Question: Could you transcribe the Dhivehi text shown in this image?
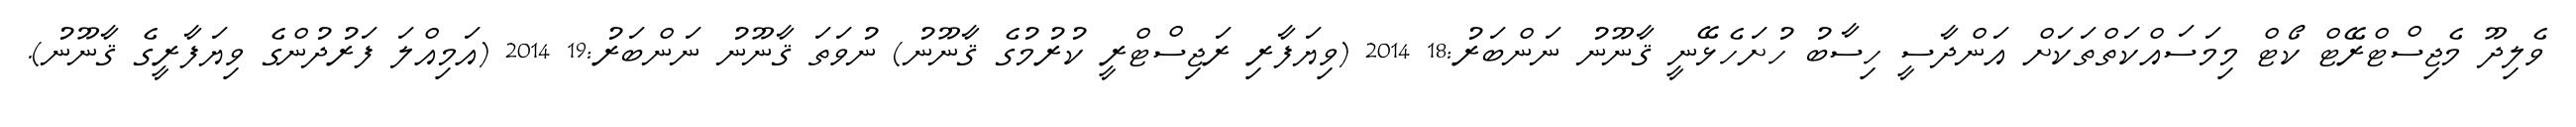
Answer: ވެލިދޫ މެޖިސްޓްރޭޓް ކޯޓް މިމަސައްކަތްތަކަށް އަންދާސީ ހިސާބު ހުށަހެޅޭނީ ޤާނޫނު ނަންބަރު:18 2014 (ވިޔަފާރި ރަޖިސްޓްރީ ކުރުމުގެ ޤާނޫނު) ނުވަތަ ޤާނޫނު ނަންބަރު:19 2014 (އަމިއްލަ ފަރުދުންގެ ވިޔަފާރީގެ ޤާނޫނު).